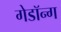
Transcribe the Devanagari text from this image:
गेडॉन्ग